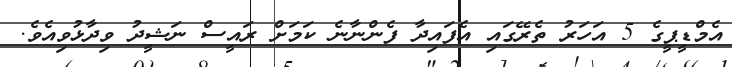
އެމްޑީޕީގެ 5 އަހަރު ތެރޭގައި އެފައިދާ ފެންނާނެ ކަމަށް ރައީސް ނަޝީދު ވިދާޅުވިއެވެ.